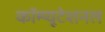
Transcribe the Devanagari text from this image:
कॉम्प्यूटेशनल